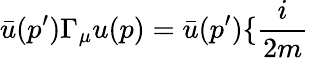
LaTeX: \bar{u}(p^{\prime})\Gamma_{\mu}u(p)=\bar{u}(p^{\prime})\{ \frac{i}{2m}